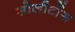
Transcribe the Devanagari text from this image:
सोलीटोंस